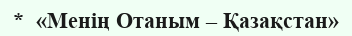
*  «Менің Отаным – Қазақстан»